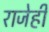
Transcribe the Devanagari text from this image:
राजेही